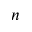
n